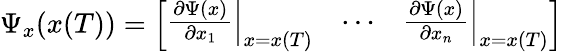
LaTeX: \Psi_{x}(x(T))={\left[\begin{array}{lll}{\left.{\frac{\partial\Psi(x)}{\partial x_{1}}}\right|_{x=x(T)}}&{\cdots}&{\left.{\frac{\partial\Psi(x)}{\partial x_{n}}}\right|_{x=x(T)}}\end{array}\right]}